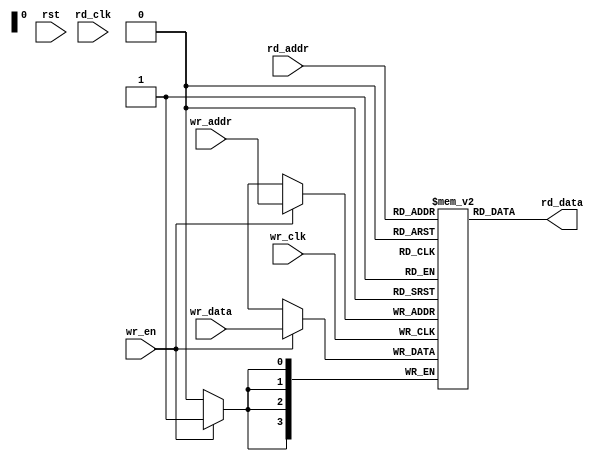
// This program was cloned from: https://github.com/flytt-away/FPGA-Video-Capture
// License: MIT License

// Generated by IP Generator (Version trunk build 41360)



//////////////////////////////////////////////////////////////////////////////
//
// Copyright (c) 2014 PANGO MICROSYSTEMS, INC
// ALL RIGHTS REVERVED.
//
// THE SOURCE CODE CONTAINED HEREIN IS PROPRIETARY TO PANGO MICROSYSTEMS, INC.
// IT SHALL NOT BE REPRODUCED OR DISCLOSED IN WHOLE OR IN PART OR USED BY
// PARTIES WITHOUT WRITTEN AUTHORIZATION FROM THE OWNER.
//
//////////////////////////////////////////////////////////////////////////////
//
// Library:
////////////////////////////////////////////////////////////////////////////////////////////////////////////////////////////////////////

`timescale 1 ns / 1 ps

module ipsxb_distributed_sdpram_v1_0_distributed_fifo_v1_0
    #(
      parameter  ADDR_WIDTH     	      = 4          ,    //address width   range:4-10
      parameter  DATA_WIDTH     	      = 4          ,    //data width      range:1-256
      parameter  RST_TYPE                 = "ASYNC"    ,    //reset type   "ASYNC" "SYNC"
      parameter  OUT_REG                  = 0          ,    //output options :non_register(0)  register(1)
      parameter  INIT_FILE                = "NONE"     ,    //legal value:"NONE" or "initial file name"
      parameter  FILE_FORMAT              = "BIN"           //initial data format : "BIN" or "HEX"
     )
     (
      input   wire [DATA_WIDTH-1:0]       wr_data      ,
      input   wire [ADDR_WIDTH-1:0]       wr_addr      ,
      input   wire [ADDR_WIDTH-1:0]       rd_addr      ,
      input   wire                        wr_clk       ,
      input   wire                        rd_clk       ,
      input   wire                        wr_en        ,
      input   wire                        rst          ,
      output  wire [DATA_WIDTH-1:0]       rd_data
     )/* synthesis syn_ramstyle = "select_ram" */;


wire                                      asyn_rst     ;
wire                                      syn_rst      ;
wire  [DATA_WIDTH-1:0]                    q            ;
reg   [DATA_WIDTH-1:0]                    q_reg        ;

reg   [DATA_WIDTH-1:0]                    mem [2**ADDR_WIDTH-1:0];

//***********************************************************************reset*******************************************************************
assign  asyn_rst  = (RST_TYPE == "ASYNC") ? rst : 0  ;
assign  syn_rst   = (RST_TYPE == "SYNC" ) ? rst : 0  ;

//initialize sdpram
generate
    integer i,j;
    if (INIT_FILE != "NONE") begin
        if (FILE_FORMAT == "BIN") begin
            initial begin
                $readmemb(INIT_FILE,mem);
            end
        end
        else if (FILE_FORMAT == "HEX") begin
            initial begin
                $readmemh(INIT_FILE,mem);
            end
        end
    end
    else begin
        initial begin
            for (i=0;i<2**ADDR_WIDTH;i=i+1) begin
                for (j=0;j<DATA_WIDTH;j=j+1) begin
                    mem[i][j] = 1'b0;
                end
            end
        end
    end
endgenerate

//write & read
generate
    always @(posedge wr_clk) begin
        if(wr_en)
            mem[wr_addr] <= wr_data;
    end

    assign q = mem[rd_addr];

    if (RST_TYPE == "ASYNC") begin
        always@(posedge rd_clk or posedge asyn_rst)
        begin
            if(asyn_rst)
                q_reg <= {DATA_WIDTH{1'b0}};
            else
                q_reg <= q;
        end
    end
    else if (RST_TYPE == "SYNC") begin
        always@(posedge rd_clk)
        begin
            if(syn_rst)
                q_reg <= {DATA_WIDTH{1'b0}};
            else
                q_reg <= q;
        end
    end
endgenerate

assign rd_data = (OUT_REG == 1) ? q_reg : q;

endmodule